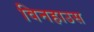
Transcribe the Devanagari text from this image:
विनहाउस